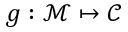
g : \mathcal { M } \mapsto \mathcal { C }